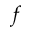
f